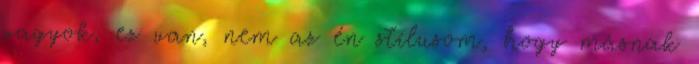
vagyok, ez van, nem az én stílusom, hogy másnak